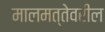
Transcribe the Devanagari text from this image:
मालमत्तेवरील